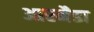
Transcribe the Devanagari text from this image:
आरमैडा